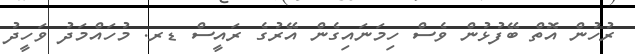
ރުހުން އޮތް ބޭފުޅުން ވެސް ހިމަނައިގެން އޭރުގެ ރައީސް ޑރ. މުހައްމަދު ވަހީދު